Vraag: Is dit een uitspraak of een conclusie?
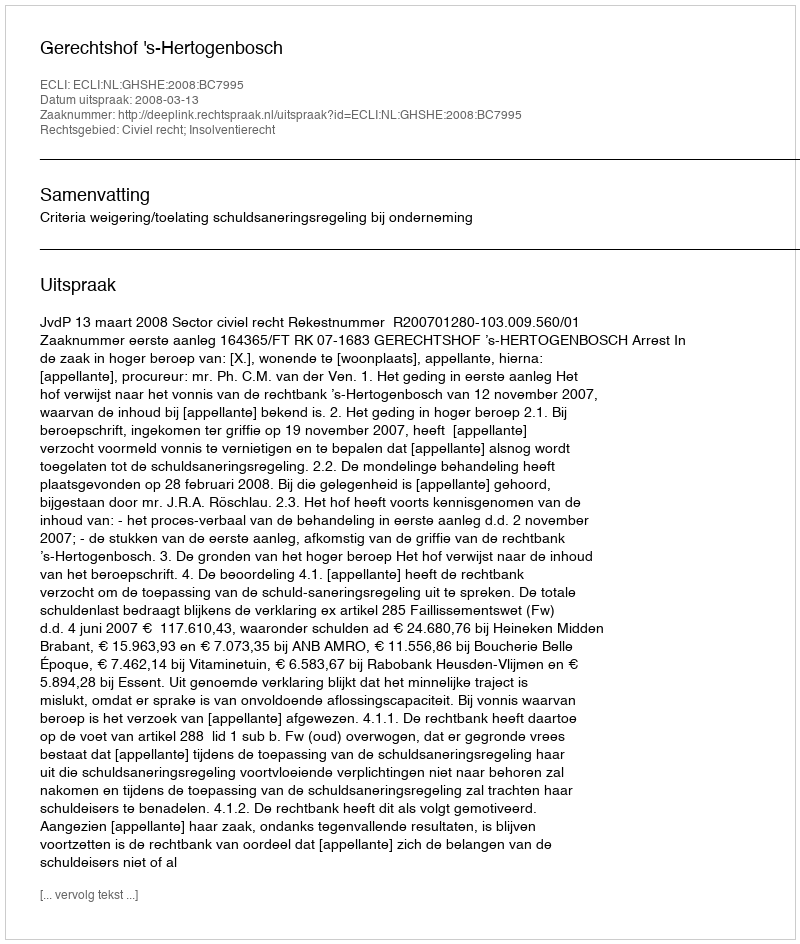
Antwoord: Uitspraak